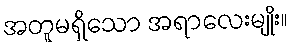
အတူမရှိသော အရာလေးမျိုး။